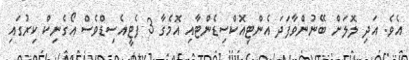
އެވެ. އަދި ލޮލަށް ބޭނުންވާފަދަ އެންޓިއޮކްސިޑެންޓާއި އޮމެގާ 3 ފެޓީއެސިޑްވެސް އޯގެނިކް ކިރުގައި